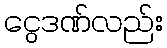
ငွေဒဏ်လည်း